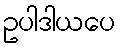
ဥပါဒါယပေ